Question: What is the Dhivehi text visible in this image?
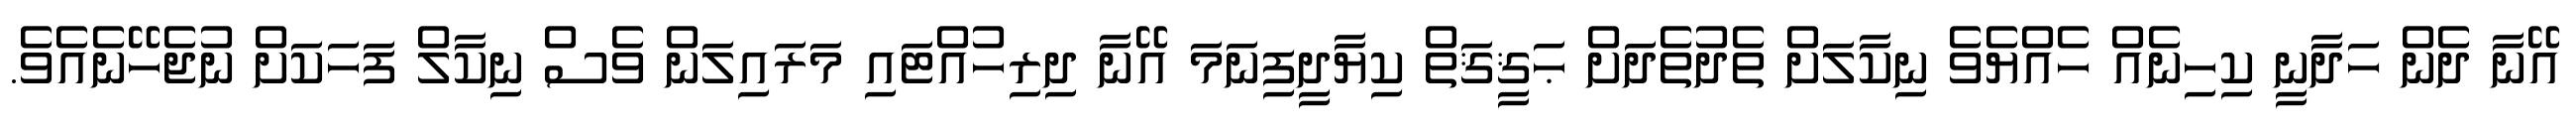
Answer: އޭނާ ދެން ހަދާނީ ކިހިނެއް ހެއްޔެވެ ނިކާލަށް ތެދުތެދަށް ޙަޤީޤަތް ކިޔާދީފިނަމަ އޭނާ ދިރިހުއްޓައި މަރައިލަން ވެސް ނިކާލް ފަހަކަށް ނުޖެހޭނެއެވެ.